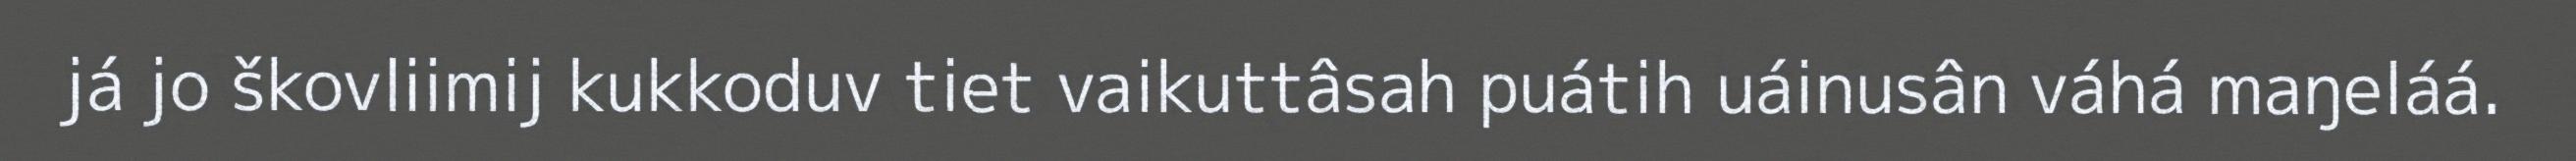
já jo škovliimij kukkoduv tiet vaikuttâsah puátih uáinusân váhá maŋeláá.